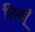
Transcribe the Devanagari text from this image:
लिखूँ